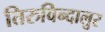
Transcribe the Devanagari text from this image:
तिरुविन्दालुर